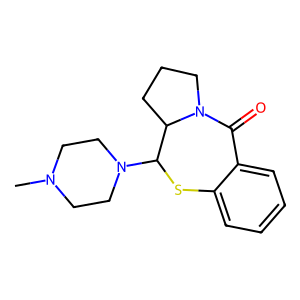
SMILES: CN1CCN(C2Sc3ccccc3C(=O)N3CCCC23)CC1
Inhibits HIV replication: No